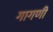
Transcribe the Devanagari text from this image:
गागणी